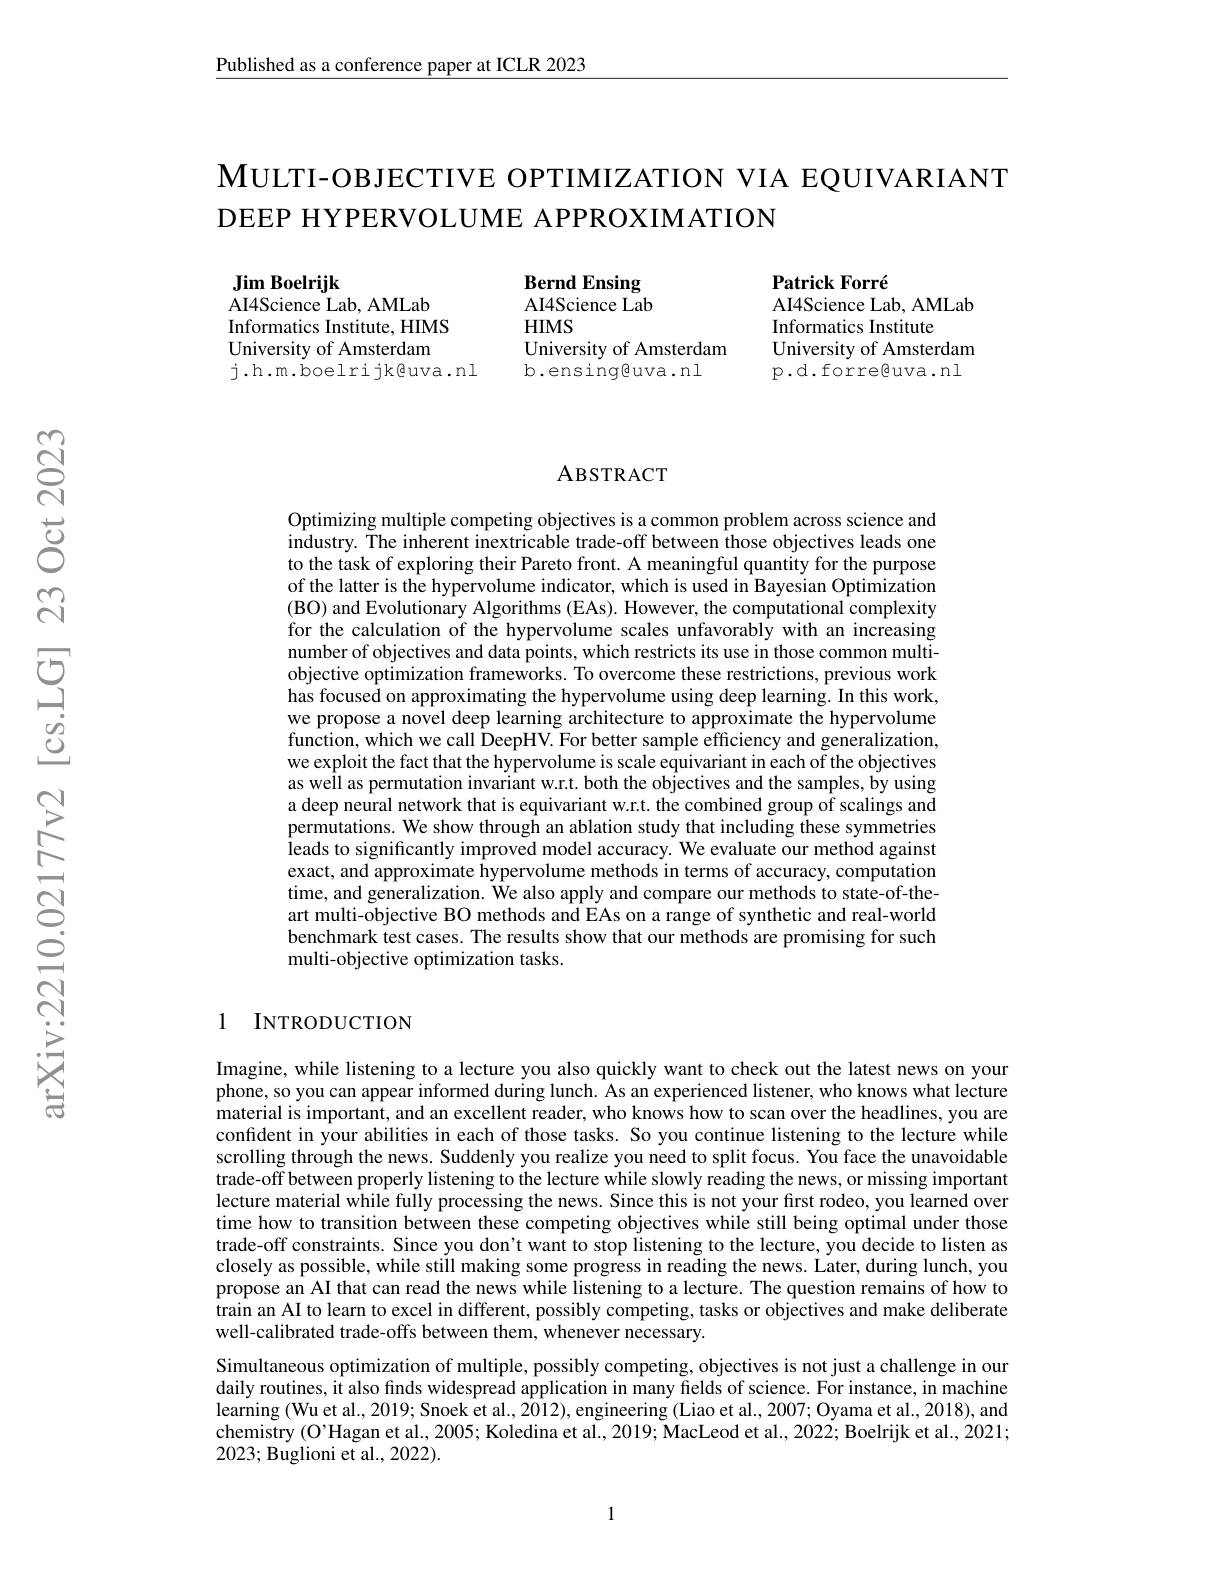
$\underline{\text{Published as a conference paper at ICLR 2023}}$

$\mathbf{M}$ULTI-OBJECTIVE OPTIMIZATION VIA EQUIVARIANT
DEEP HYPERVOLUME APPROXIMATION

Jim Boelrijk
$\bar{\text{AI4Science Lab, AMLab}}$ Informatics Institute, HIMS University of Amsterdam j.h.m.boelrijk@uva.nl

Bernd Ensing AI4Science Lab $HIMS$
University of Amsterdam
b.ensinggeuva.nl

Patrick Forré
AI4Science Lab, AMLab
Informatics Institute
University of Amsterdam p.d.forreguva.nl

### ABSTRACT

Optimizing multiple competing objectives is a common problem across science and industry. The inherent inextricable trade-off between those objectives leads one to the task of exploring their Pareto front. A meaningful quantity for the purpose of the latter is the hypervolume indicator, which is used in Bayesian Optimization (BO) and Evolutionary Algorithms (EAs). However, the computational complexity for the calculation of the hypervolume scales unfavorably with an increasing number of objectives and data points, which restricts its use in those common multiobjective optimization frameworks. To overcome these restrictions, previous work has focused on approximating the hypervolume using deep learning. In this work, we propose a novel deep learning architecture to approximate the hypervolume function, which we call DeepHV. For better sample efficiency and generalization, we exploit the fact that the hypervolume is scale equivariant in each of the objectives as weîl as permutation invariant w.r.t. both the objectives and the samples, by using a deep neural network that is equivariant w.r.t. the combined group of scalings and permutations. We show through an ablation study that including these symmetries leads to significantly improved model accuracy. We evaluate our method against exact, and approximate hypervolume methods in terms of accuracy, computation time, and generalization. We also apply and compare our methods to state-of-theart multi-objective BO methods and EAs on a range of synthetic and real-world benchmark test cases. The results show that our methods are promising for such multi-objective optimization tasks.

### 1 INTRODUCTION

Imagine, while listening to a lecture you also quickly want to check out the latest news on your phone, so you can appear informed during lunch. As an experienced listener, who knows what lecture material is important, and an excellent reader, who knows how to scan over the headlines, you are confident in your abilities in each of those tasks. So you continue listening to the lecture while scrolling through the news. Suddenly you realize you need to split focus. You face the unavoidable trade-off between properly listening to the lecture while slowly reading the news, or missing important lecture material while fully processing the news. Since this is not your first rodeo, you learned over time how to transition between these competing objectives while still being optimal under those trade-off constraints. Since you don't want to stop listening to the lecture, you decide to listen as closely as possible, while still making some progress in reading the news. Later, during lunch, you propose an AI that can read the news while listening to a lecture. The question remains of how to train an AI to learn to excel in different, possibly competing, tasks or objectives and make deliberate well-calibrated trade-offs between them, whenever necessary.
Simultaneous optimization of multiple, possibly competing, objectives is not just a challenge in our daily routines, it also fınds widespread application in many fields of science. For instance, in machine $learning(Wuetal.,2019;Snoeketal.,2012),engineering(Liaoetal.,2007;Oyamaetal.,2018),and$ chemistry (O'Hagan et al., 2005; Koledina et al., 2019; MacLeod et al., 2022; Boelrijk et al., 2021; 2023; Buglioni et al., 2022).

1